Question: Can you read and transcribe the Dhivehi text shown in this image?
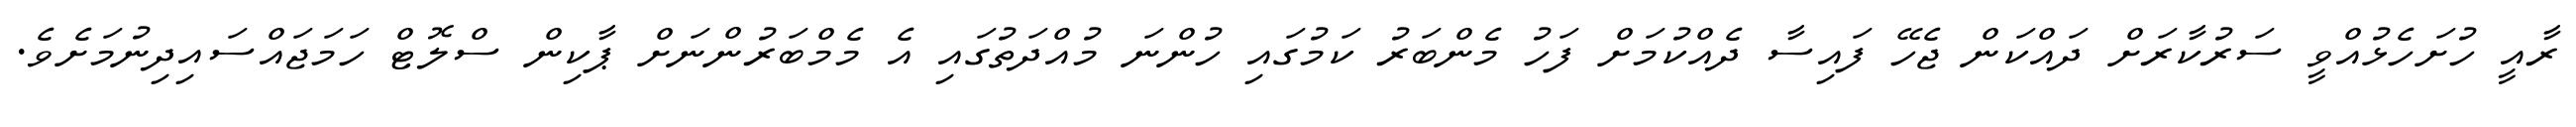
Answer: ރާއީ ހުށަހެޅުއްވީ ސަރުކާރަށް ދައްކަން ޖެހޭ ފައިސާ ދެއްކުމަށް ފަހު މެންބަރު ކަމުގައި ހުންނަ މުއްދަތުގައި އެ މެމްބަރުންނަށް ޕާކިން ސްލޮޓް ހަމަޖައްސައިދިނުމަށެވެ.